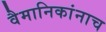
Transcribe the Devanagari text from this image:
वैमानिकांनाच